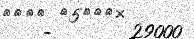
-       29000